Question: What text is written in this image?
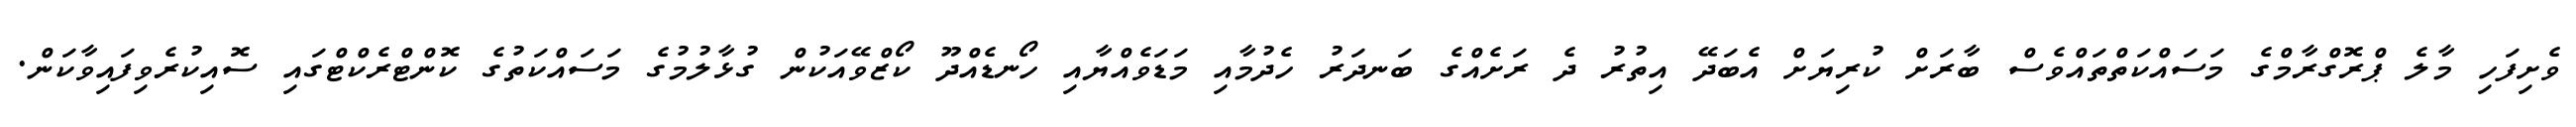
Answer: ވެށިފަހި މާލެ ޕްރޮގްރާމްގެ މަސައްކަތްތައްވެސް ބާރަށް ކުރިޔަށް އެބަދޭ އިތުރު ދެ ރަށެއްގެ ބަނދަރު ހެދުމާއި މަޑަވެއްޔާއި ހޯނޑެއްދޫ ކޯޒްވޭއަކުން ގުޅާލުމުގެ މަސައްކަތުގެ ކޮންޓްރެކްޓްގައި ސޮއިކުރެވިފައިވާކަން.